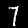
Digit: 7